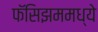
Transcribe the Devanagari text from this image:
फॅसिझममध्ये